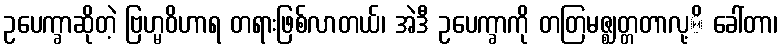
ဥပေက္ခာဆိုတဲ့ ဗြဟ္မဝိဟာရ တရားဖြစ်လာတယ်၊ အဲဒီ ဥပေက္ခာကို တတြမဇ္ဈတ္တတာလု့ိ ခေါ်တာ၊